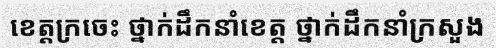
ខេត្តក្រចេះ ថ្នាក់ដឹកនាំខេត្ត ថ្នាក់ដឹកនាំក្រសួង